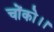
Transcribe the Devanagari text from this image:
चोंको।।